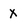
Character: X